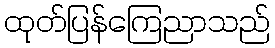
ထုတ်ပြန်ကြေညာသည်